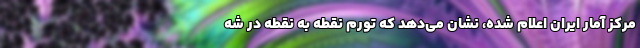
مرکز آمار ایران اعلام شده، نشان می‌دهد که تورم نقطه به نقطه در شه